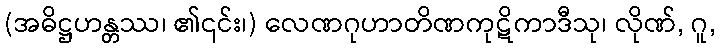
(အဓိဋ္ဌဟန္တဿ၊ ၏၎င်း၊) လေဏဂုဟာတိဏကုဋိကာဒီသု၊ လိုဏ်, ဂူ,